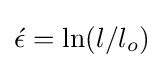
{\acute {\epsilon }}=\ln(l/l_{o})